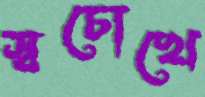
স্বচোখে